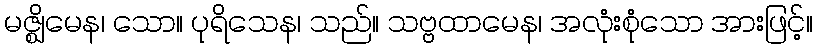
မဇ္ဈိမေန၊ သော။ ပုရိသေန၊ သည်။ သဗ္ဗထာမေန၊ အလုံးစုံသော အားဖြင့်။